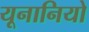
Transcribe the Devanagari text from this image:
यूनानियो